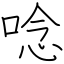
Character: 唸